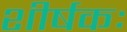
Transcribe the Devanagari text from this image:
शीर्षकः